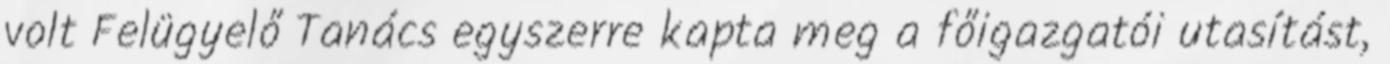
volt Felügyelő Tanács egyszerre kapta meg a főigazgatói utasítást,